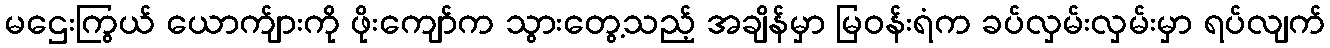
မဌေးကြွယ် ယောက်ျားကို ဖိုးကျော်က သွားတွေ့သည့် အချိန်မှာ မြဝန်းရံက ခပ်လှမ်းလှမ်းမှာ ရပ်လျက်